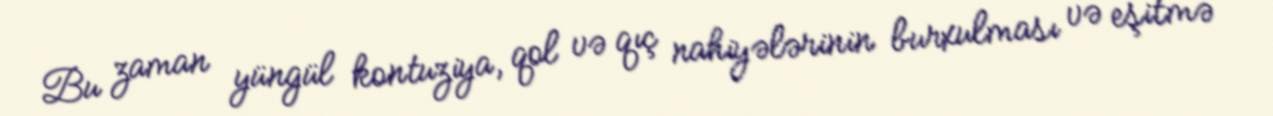
Bu zaman yüngül kontuziya, qol və qıç nahiyələrinin burxulması və eşitmə